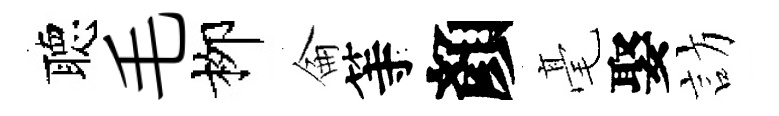
聴毛栁侖等顏毫娶訪